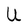
Character: U